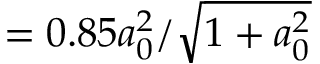
= 0 . 8 5 a _ { 0 } ^ { 2 } / \sqrt { 1 + a _ { 0 } ^ { 2 } }